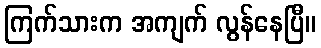
ကြက်သားက အကျက် လွန်နေပြီ။